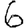
Digit: 6